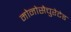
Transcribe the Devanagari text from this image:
मोनोसैचुरेटेड